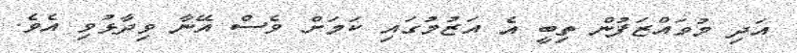
އަދި މުވައްޒަފުން ތިބީ އެ އަޒުމުގައި ކަމަށް ވެސް އޭނާ ވިދާޅުވި އެވެ.